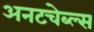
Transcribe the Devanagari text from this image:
अनटचेब्ल्स